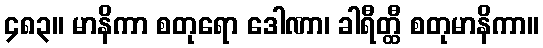
၄၈၃။ မာနိကာ စတုရော ဒေါဏာ၊ ခါရီတ္ထီ စတုမာနိကာ။